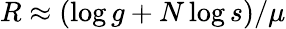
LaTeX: R\approx(\log g+N\log s)/\mu